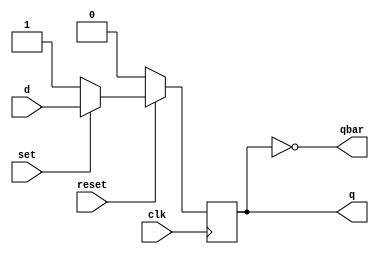
//D flip-flop with asynchronous set and reset

module duff (q, qbar, d, set, reset, clk);

  input d, set, reset, clk;
  output reg q;  output qbar;

  assign qbar = ~q;
  
  always @ (posedge clk)

  begin
    if (reset == 0)  q <= 0;
    else if (set == 0)  q <= 1;
    else q <= d;
  end

endmodule